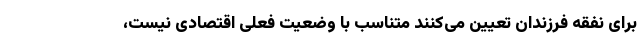
برای نفقه فرزندان تعیین می‌کنند متناسب با وضعیت فعلی اقتصادی نیست،